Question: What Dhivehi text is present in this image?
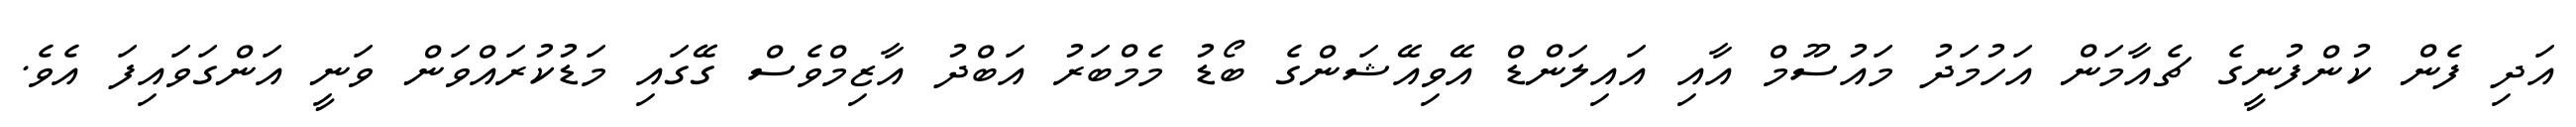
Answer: އަދި ފެން ކުންފުނީގެ ޗެއާމަން އަހުމަދު މައުސޫމް އާއި އައިލަންޑް އޭވިއޭޝަންގެ ބޯޑު މެމްބަރު އަބްދު އާޒިމްވެސް ގޭގައި މަޑުކުރައްވަން ވަނީ އަންގަވައިފަ އެވެ.